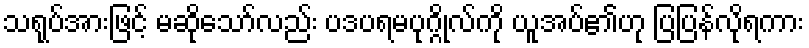
သရုပ်အားဖြင့် မဆိုသော်လည်း ပဒပရမပုဂ္ဂိုလ်ကို ယူအပ်၏ဟု ပြပြန်လိုရကား